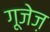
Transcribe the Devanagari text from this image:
गूजेज़